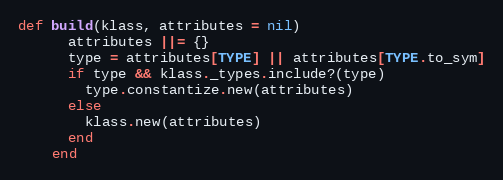
Language: Ruby
def build(klass, attributes = nil)
      attributes ||= {}
      type = attributes[TYPE] || attributes[TYPE.to_sym]
      if type && klass._types.include?(type)
        type.constantize.new(attributes)
      else
        klass.new(attributes)
      end
    end